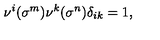
\nu ^ { i } ( \sigma ^ { m } ) \nu ^ { k } ( \sigma ^ { n } ) \delta _ { i k } = 1 , ~